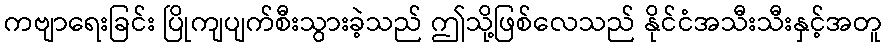
ကဗျာရေးခြင်း ပြိုကျပျက်စီးသွားခဲ့သည် ဤသို့ဖြစ်လေသည် နိုင်ငံအသီးသီးနှင့်အတူ